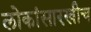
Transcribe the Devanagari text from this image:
लोकांसारखीच